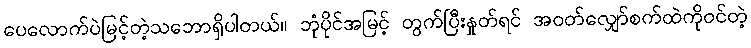
ပေလောက်ပဲမြင့်တဲ့သဘောရှိပါတယ်။ ဘုံပိုင်အမြင့် တွက်ပြီးနှုတ်ရင် အဝတ်လျှော်စက်ထဲကိုဝင်တဲ့